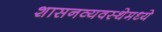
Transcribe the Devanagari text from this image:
शासनव्यवस्थेमध्ये